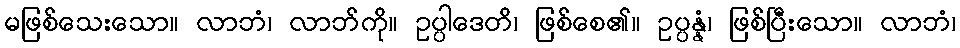
မဖြစ်သေးသော။ လာဘံ၊ လာဘ်ကို။ ဥပ္ပါဒေတိ၊ ဖြစ်စေ၏။ ဥပ္ပန္နံ၊ ဖြစ်ပြီးသော။ လာဘံ၊